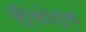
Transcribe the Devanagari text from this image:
फ़्रैंकोइस